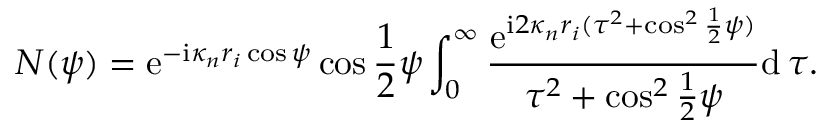
N ( \psi ) = \mathrm { e } ^ { - \mathrm { i } \kappa _ { n } r _ { i } \cos \psi } \cos \frac { 1 } { 2 } \psi \int _ { 0 } ^ { \infty } \frac { \mathrm { e } ^ { \mathrm { i } 2 \kappa _ { n } r _ { i } ( \tau ^ { 2 } + \cos ^ { 2 } \frac { 1 } { 2 } \psi ) } } { \tau ^ { 2 } + \cos ^ { 2 } \frac { 1 } { 2 } \psi } \mathrm { d } \, \tau .